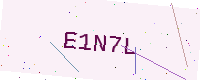
Text: E1N7L